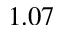
1 . 0 7